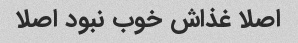
اصلا غذاش خوب نبود اصلا